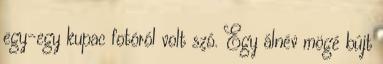
egy-egy kupac fotóról volt szó. Egy álnév mögé bújt